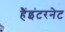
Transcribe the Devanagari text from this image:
हैंइंटरनेट